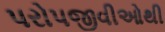
પરોપજીવીઓથી